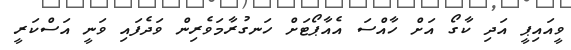
ވީއައިޕީ އަދި ކާގޯ އަށް ހާއްސަ އެއާޕޯޓަށް ހަނގުރާމަވެރިން ވަދެފައި ވަނީ އަސްކަރީ